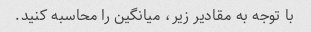
با توجه به مقادیر زیر، میانگین را محاسبه کنید.